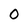
Character: O